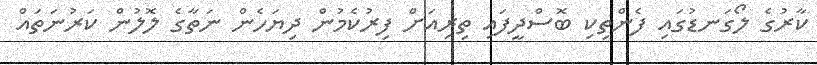
ކާރުގެ ލޯގަނޑުގައި ފެންތިކި ބޮސްދީފައި ތިރިއަށް ފިރުކެމުން ދިޔަހެން ނަތާގެ ލޮލުން ކަރުނަތައް